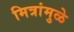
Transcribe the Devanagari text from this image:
मित्रांमुळे